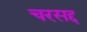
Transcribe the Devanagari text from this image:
चरसद्द